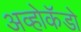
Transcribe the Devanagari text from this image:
अव्होकॅडो